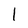
Character: 1